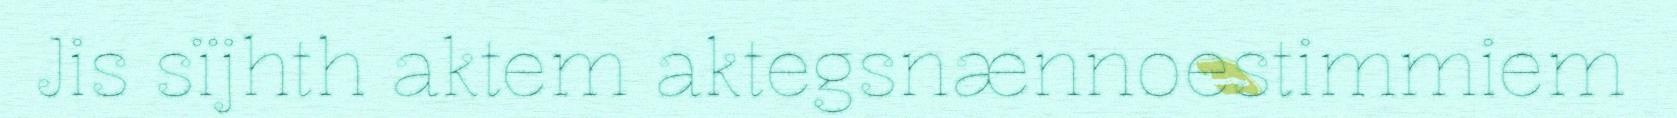
Jis sïjhth aktem aktegsnænnoestimmiem